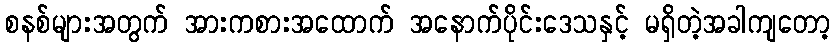
စနစ်များအတွက် အားကစားအထောက် အနောက်ပိုင်းဒေသနှင့် မရှိတဲ့အခါကျတော့